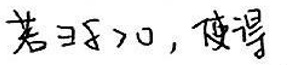
若\(3x>0\)，则得